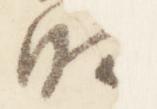
明